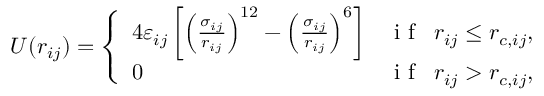
U ( { { r } _ { i j } } ) = \left\{ \begin{array} { l l } { 4 \varepsilon _ { i j } \left[ { { \left( \frac { \sigma _ { i j } } { { { r } _ { i j } } } \right) } ^ { 1 2 } } - { { \left( \frac { \sigma _ { i j } } { { { r } _ { i j } } } \right) } ^ { 6 } } \right] } & { \mathrm { ~ i ~ f ~ } \, \, \, { { r } _ { i j } } \le { { r } _ { c , i j } } , } \\ { 0 } & { \mathrm { ~ i ~ f ~ } \, \, \, { { r } _ { i j } } > { { r } _ { c , i j } } , } \end{array} \right.